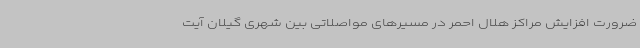
ضرورت افزایش مراکز هلال احمر در مسیرهای مواصلاتی بین شهری گیلان آیت